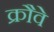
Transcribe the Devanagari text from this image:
क्रौवे